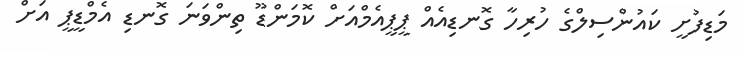
މަޑިފުށީ ކައުންސިލްގެ ހުރިހާ ގޮނޑިއެއް ޕީޕީއެމްއަށް ކޮމަންޑޫ ތިންވަނަ ގޮނޑި އެމްޑީޕީ އަށް